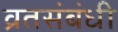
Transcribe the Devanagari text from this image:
व्रतसंबंधी